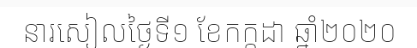
នារសៀលថ្ងៃទី១ ខែកក្កដា ឆ្នាំ២០២០